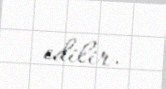
edilir.